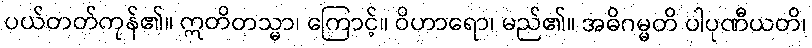
ပယ်တတ်ကုန်၏။ ဣတိတသ္မာ၊ ကြောင့်။ ဝိဟာရော၊ မည်၏။ အဓိဂမ္မတိ ပါပုဏီယတိ၊